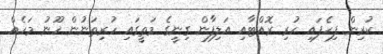
ކުރިން ފިހެފައި ހުރި ރޮއްޓާއި އަލިފާން ގިނީގެ މަތީގައި ހުރިތަނުން ހޫނު މަހެއް